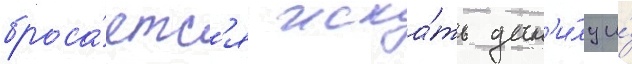
броса́етс'я иска́ть дан'и́лу и́